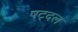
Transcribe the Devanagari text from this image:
षट्दल